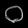
Digit: ၀